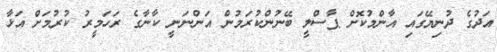
އަދުގެ ދުނިޔޭގައި އާންމުކޮށް ޕާސްލީ ބޭނުންކުރަމުން އަންނަނީ ކާނާގެ ރަހަމީރު ކުރުމަށް އަޅާ